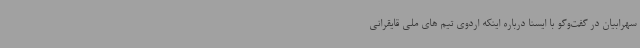
سهرابیان در گفت‌وگو با ایسنا درباره اینکه اردوی تیم های ملی قایقرانی